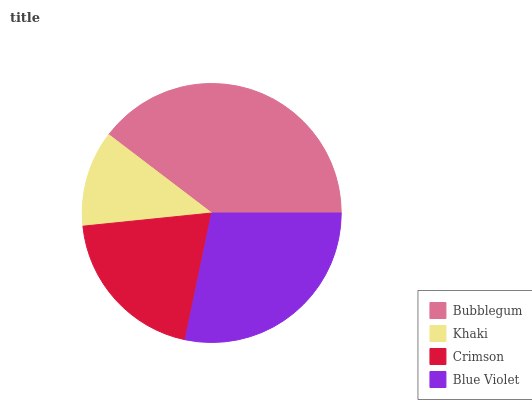
| Bubblegum | Khaki | Crimson | Blue Violet |
 | --- | --- | --- | --- |
 | 39.6% | 12% | 20.1% | 28.3% |